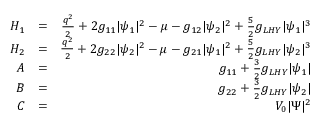
\begin{array} { r l r } { H _ { 1 } } & { = } & { \frac { q ^ { 2 } } { 2 } + 2 g _ { 1 1 } | \psi _ { 1 } | ^ { 2 } - \mu - g _ { 1 2 } | \psi _ { 2 } | ^ { 2 } + \frac { 5 } { 2 } g _ { L H Y } | \psi _ { 1 } | ^ { 3 } } \\ { H _ { 2 } } & { = } & { \frac { q ^ { 2 } } { 2 } + 2 g _ { 2 2 } | \psi _ { 2 } | ^ { 2 } - \mu - g _ { 2 1 } | \psi _ { 1 } | ^ { 2 } + \frac { 5 } { 2 } g _ { L H Y } | \psi _ { 2 } | ^ { 3 } } \\ { A } & { = } & { g _ { 1 1 } + \frac { 3 } { 2 } g _ { L H Y } | \psi _ { 1 } | } \\ { B } & { = } & { g _ { 2 2 } + \frac { 3 } { 2 } g _ { L H Y } | \psi _ { 2 } | } \\ { C } & { = } & { V _ { 0 } | \Psi | ^ { 2 } } \end{array}